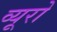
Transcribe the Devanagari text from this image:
व्‍यूरो